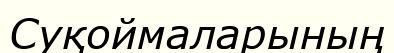
Суқоймаларының